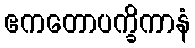
ဧကတောပက္ခိကာနံ